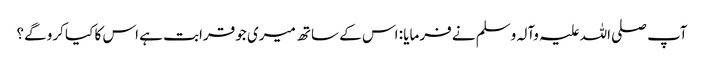
آپ صلی اللہ علیہ وآلہ وسلم نے فرمایا : اس کے ساتھ میری جو قرابت ہے اس کا کیا کرو گے؟